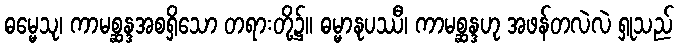
ဓမ္မေသု၊ ကာမစ္ဆန္ဒအစရှိသော တရားတို့၌။ ဓမ္မာနုပဿီ၊ ကာမစ္ဆန္ဒဟု အဖန်တလဲလဲ ရှုသည်